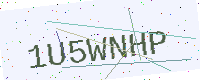
Text: 1U5WNHP